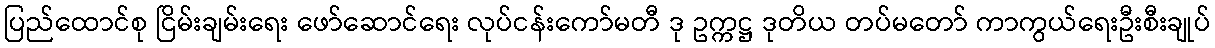
ပြည်ထောင်စု ငြိမ်းချမ်းရေး ဖော်ဆောင်ရေး လုပ်ငန်းကော်မတီ ဒု ဥက္ကဋ္ဌ ဒုတိယ တပ်မတော် ကာကွယ်ရေးဦးစီးချုပ်